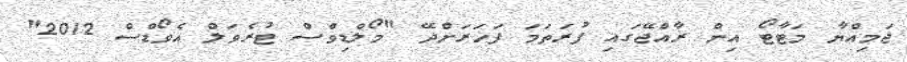
ޖަމިއްޔާ މަޓާޓޯ އިން ރާއްޖޭގައި ފުރަތަމަ ފަހަރަށްދޭ "މޯލްޑިވްސް ޓުރެވަލް އެވޯޑްސް 2012"